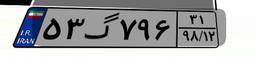
۵۳گ۷۹۶۳۱